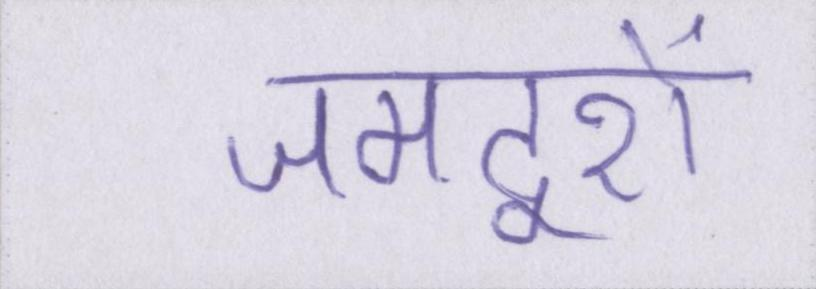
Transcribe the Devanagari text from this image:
जमदूरों